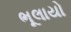
ભૂલાયો